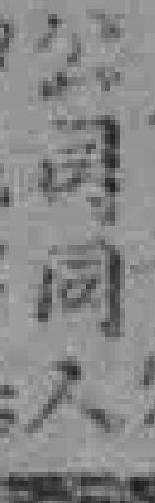
公司同人